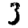
Digit: 3